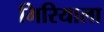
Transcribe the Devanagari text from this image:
मिरियाला